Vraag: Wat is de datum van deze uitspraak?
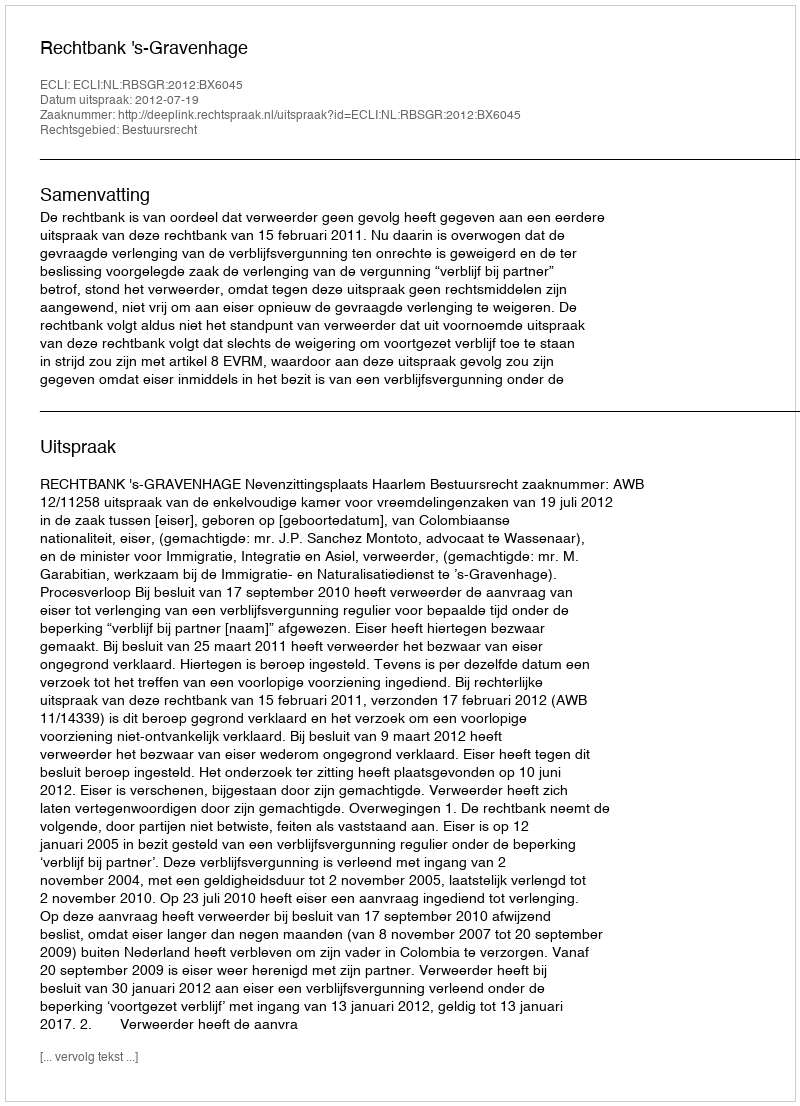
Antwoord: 2012-07-19